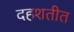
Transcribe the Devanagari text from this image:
दहशतीत